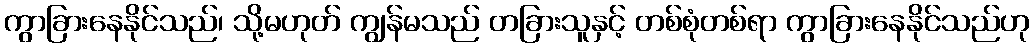
ကွာခြားနေနိုင်သည်၊ သို့မဟုတ် ကျွန်မသည် တခြားသူနှင့် တစ်စုံတစ်ရာ ကွာခြားနေနိုင်သည်ဟု